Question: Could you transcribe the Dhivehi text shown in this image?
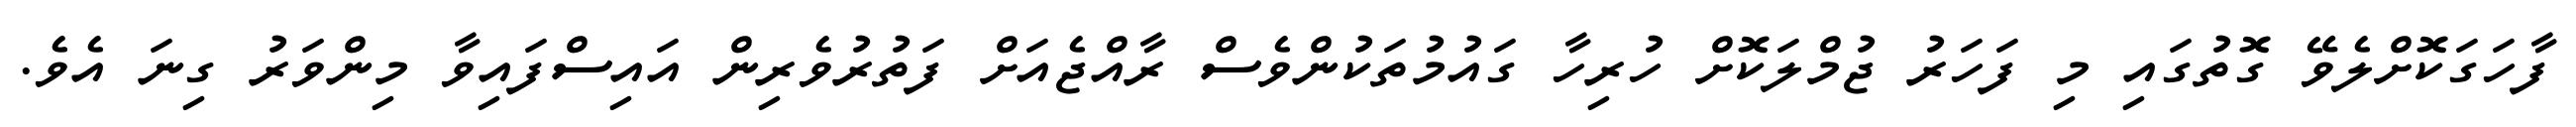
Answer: ފާހަގަކޮށްލެވޭ ގޮތުގައި މި ފަހަރު ޖުމްލަކޮށް ހުރިހާ ގައުމުތަކުންވެސް ރާއްޖެއަށް ފަތުރުވެރިން އައިސްފައިވާ މިންވަރު ގިނަ އެވެ.